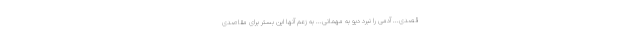
قصدی... آدمی را نبرد دیو به مهمانی... به زعم آنها این بستر برای مقاصدی